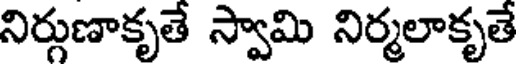
నిర్గుణాకృతే స్వామి నిర్మలాకృతే